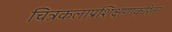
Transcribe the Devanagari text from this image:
चित्रकलाप्रशिक्षणाकरिता